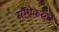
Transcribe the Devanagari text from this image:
सौंधेकरांचे